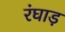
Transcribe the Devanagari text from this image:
रंघाड़